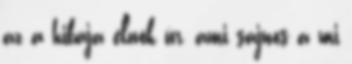
az a hibája elnök úr, ami sajnos a mi